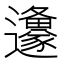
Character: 𮟦